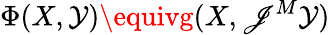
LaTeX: \Phi(X,\mathcal{Y})\equivg(X,\mathscr{J}^{M}\mathcal{Y})